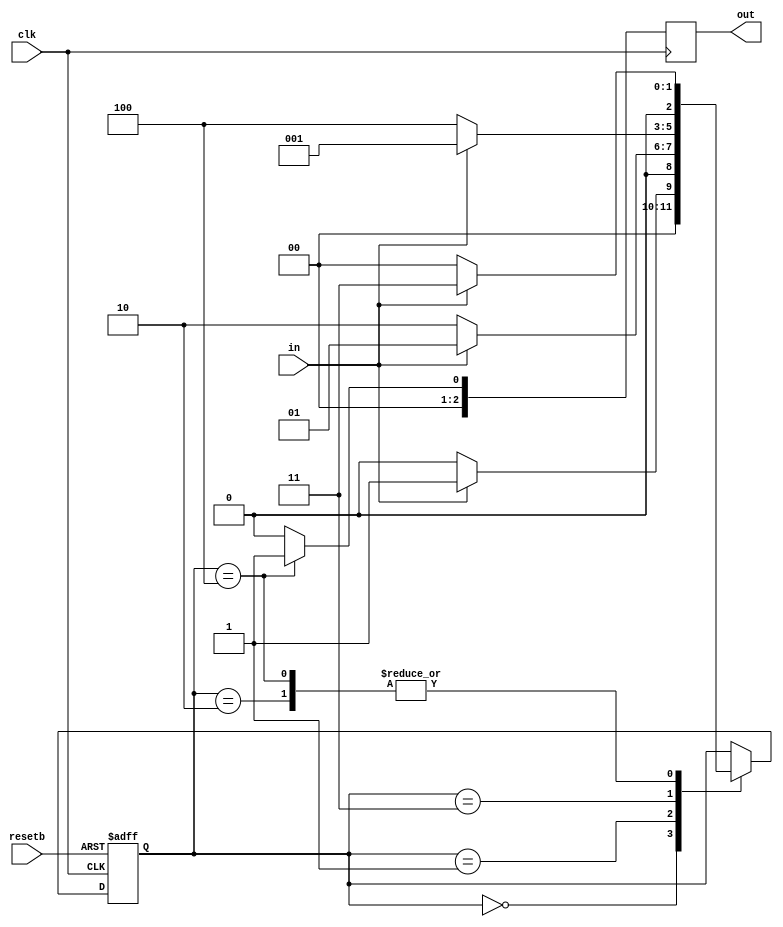
module fsm1010(clk, in, resetb, out);
//inputs
input wire clk;
input wire in;
input wire resetb;
//outputs
output [2:0] out;
//internal regs
reg out;	
reg [2:0] state;
//states 
parameter S = 3'b000,
		  S1 = 3'b001,
		  S10 = 3'b010,
		  S101 = 3'b011,
		  S1010 = 3'b100;

//state transitions
always @(posedge clk or negedge resetb)
     begin
          if (~resetb)
               state = S;
          else
               case (state)
					S:   
						if(in)
							state = S1;
						else
							state = S;
					S1:   
						if(in)
							state = S1;
						else
							state = S10;		   
					S10:
						if(in)
							state = S101;
						else
							state = S;	
					S101:
						if(in)
							state = S1;
						else
							state = S1010;	
					S1010:
						if(in)
							state = S101;
						else
							state = S;	
               endcase
     end
     
//end cases
always @(posedge clk) 
     begin
          case (state)
               S1010:
                    out = 1;
               default:
                    out = 0;
          endcase
     end
endmodule